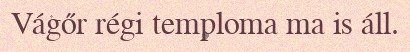
Vágőr régi temploma ma is áll.